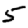
Digit: 5